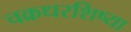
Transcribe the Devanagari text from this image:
चक्रधरशिष्या